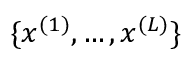
\{ x ^ { ( 1 ) } , \ldots , x ^ { ( L ) } \}